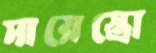
মায়েস্ত্রো